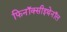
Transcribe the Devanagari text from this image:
फिनॉक्सीइथेनॉल